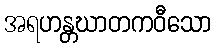
အရဟန္တဃာတကဝီသော